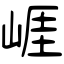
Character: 崕